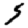
Digit: 5